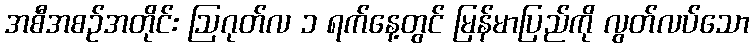
အစီအစဉ်အတိုင်း ဩဂုတ်လ ၁ ရက်နေ့တွင် မြန်မာပြည်ကို လွတ်လပ်သော